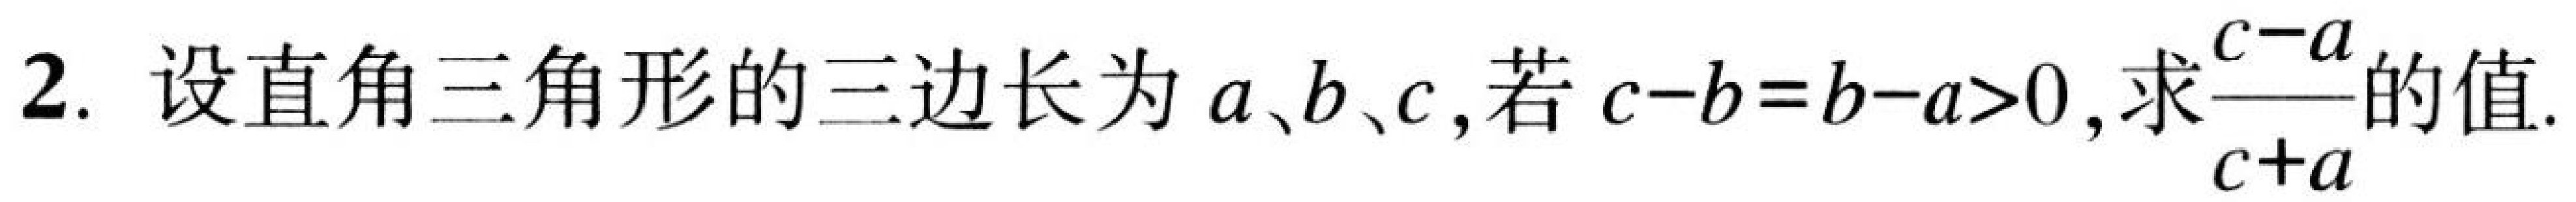
2. 设直角三角形的三边长为\(a、b、c\)，若\(c - b = b - a>0\)，求\(\dfrac{c - a}{c + a}\)的值.